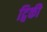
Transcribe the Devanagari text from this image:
ट्विकी